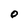
Character: O